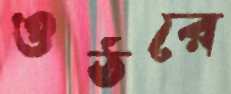
ওঠরে